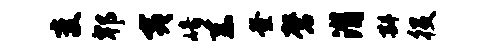
变郫夷崎系釜磬潸斟役